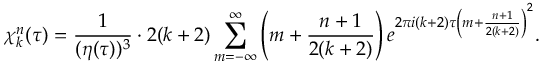
\chi _ { k } ^ { n } ( \tau ) = { \frac { 1 } { ( \eta ( \tau ) ) ^ { 3 } } } \cdot 2 ( k + 2 ) \sum _ { m = - \infty } ^ { \infty } \left( m + { \frac { n + 1 } { 2 ( k + 2 ) } } \right) e ^ { 2 \pi i ( k + 2 ) \tau \left( m + { \frac { n + 1 } { 2 ( k + 2 ) } } \right) ^ { 2 } } .